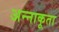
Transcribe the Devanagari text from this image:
अन्‍नाकूता